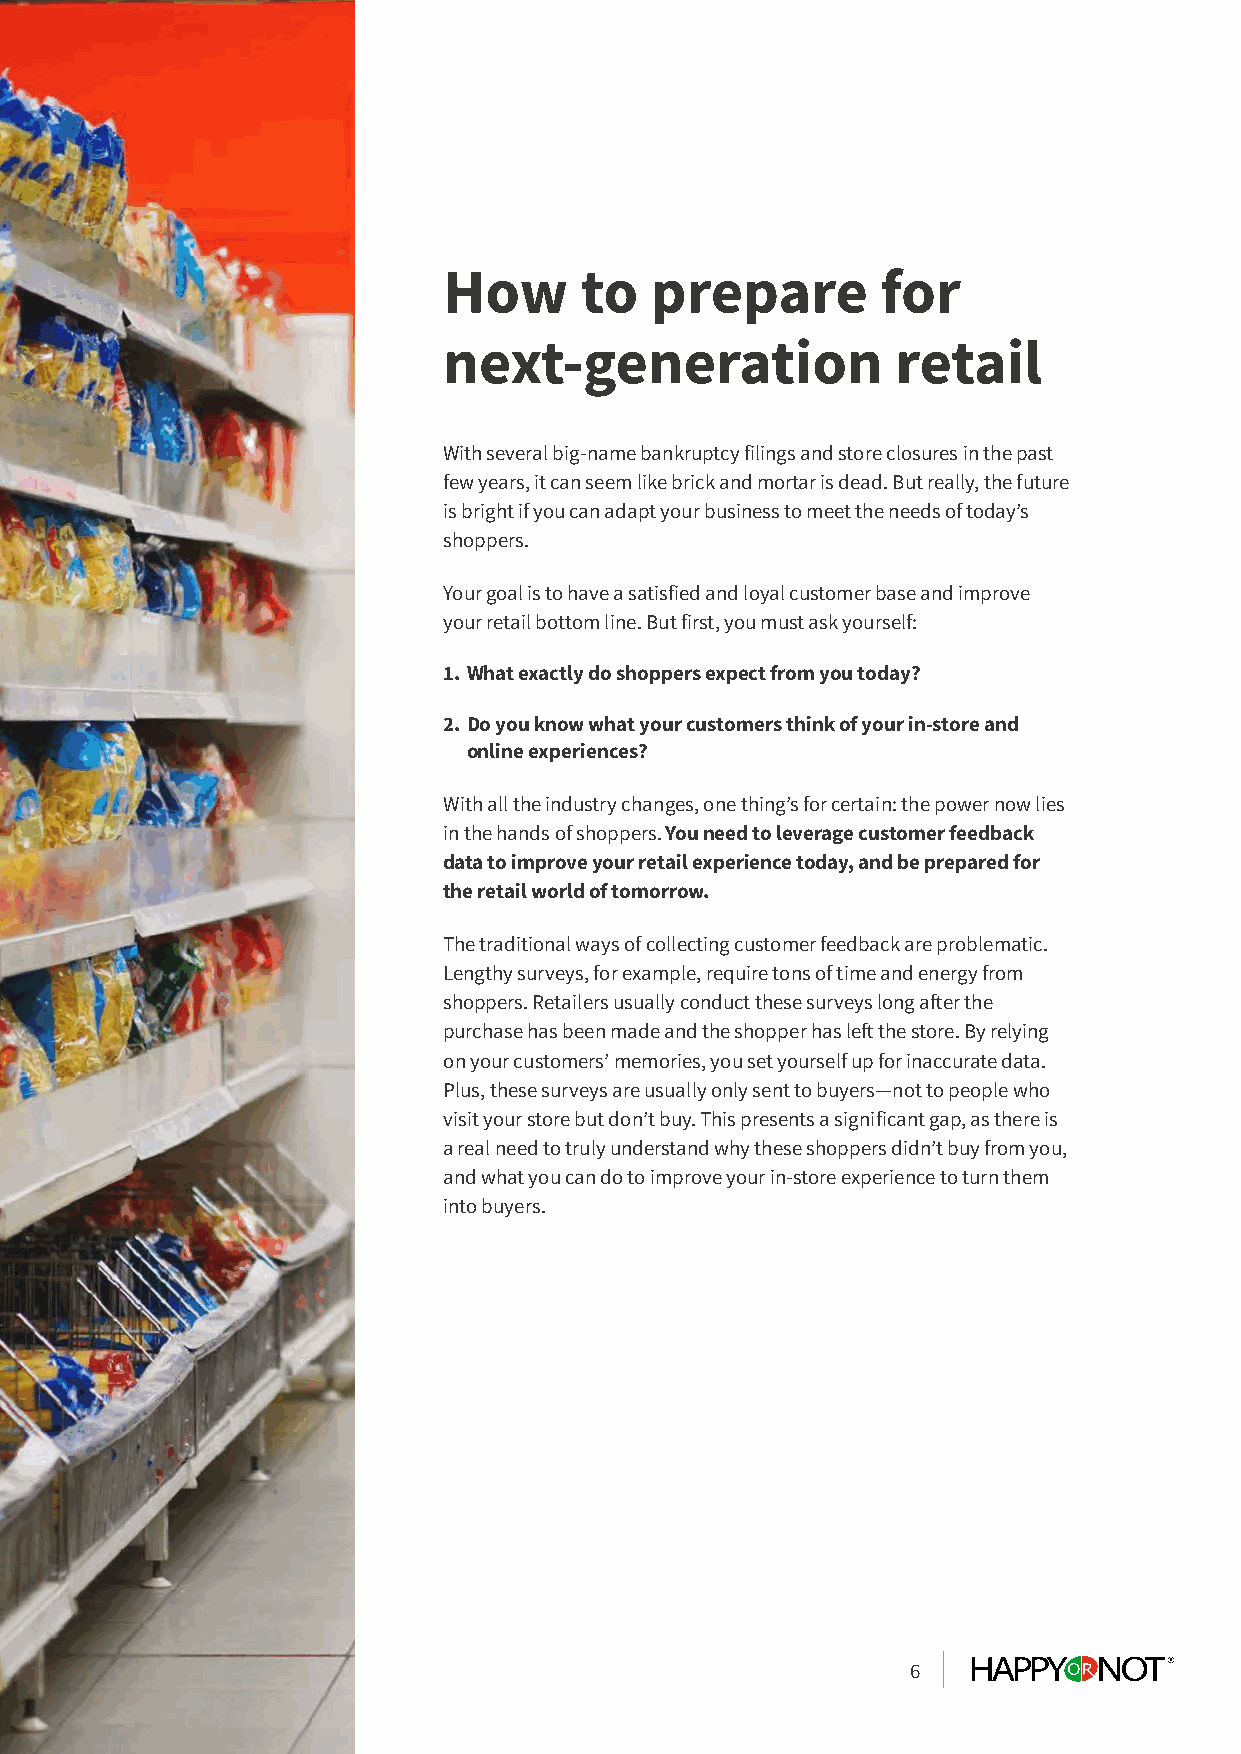
How      to   prepare        for
 next-generation               retail
 With several big-name bankruptcy filings and store closures in the past
 few years, it can seem like brick and mortar is dead. But really, the future
 is bright if you can adapt your business to meet the needs of today’s
 shoppers.
 Your goal is to have a satisfied and loyal customer base and improve
 your retail bottom line. But first, you must ask yourself:
 1. What exactly do shoppers expect from you today?
 2. Do you know what your customers think of your in-store and
 online experiences?
 With all the industry changes, one thing’s for certain: the power now lies
 in the hands of shoppers. You need to leverage customer feedback
 data to improve your retail experience today, and be prepared for
 the retail world of tomorrow.
 The traditional ways of collecting customer feedback are problematic.
 Lengthy surveys, for example, require tons of time and energy from
 shoppers. Retailers usually conduct these surveys long after the
 purchase has been made and the shopper has left the store. By relying
 on your customers’ memories, you set yourself up for inaccurate data.
 Plus, these surveys are usually only sent to buyers—not to people who
 visit your store but don’t buy. This presents a significant gap, as there is
 a real need to truly understand why these shoppers didn’t buy from you,
 and what you can do to improve your in-store experience to turn them
 into buyers.
 6